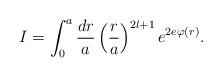
\begin{align*}I = \int^a_0 \frac{dr}{a} \left(\frac{r}{a}\right)^{2l+1} e^{2e \varphi(r)}.\end{align*}